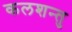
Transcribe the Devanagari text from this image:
कलशन्तु